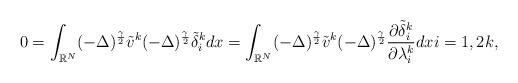
LaTeX: \begin{align*}0 = \displaystyle\int_{\mathbb{R}^N}(- \Delta)^{\frac{\gamma}{2}}\tilde{v}^k(- \Delta)^{\frac{\gamma}{2}} \tilde{\delta}_{i}^kdx = \displaystyle\int_{\mathbb{R}^N}(- \Delta)^{\frac{\gamma}{2}}\tilde{v}^k(- \Delta)^{\frac{\gamma}{2}} \frac{\partial\tilde{\delta}_{i}^k}{\partial \lambda_{i}^k}dx i = 1, 2 k,\end{align*}